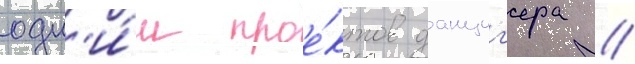
одн'и́м прое́ктов данциг'ера /